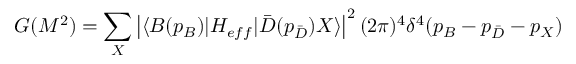
G ( M ^ { 2 } ) = \sum _ { X } \left| \langle B ( p _ { B } ) | H _ { e f f } | \bar { D } ( p _ { \bar { D } } ) X \rangle \right| ^ { 2 } ( 2 \pi ) ^ { 4 } \delta ^ { 4 } ( p _ { B } - p _ { \bar { D } } - p _ { X } )